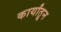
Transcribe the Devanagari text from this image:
कार्यांतून